Annual report of the Imperial Bacteriological Laboratory, Muktesar
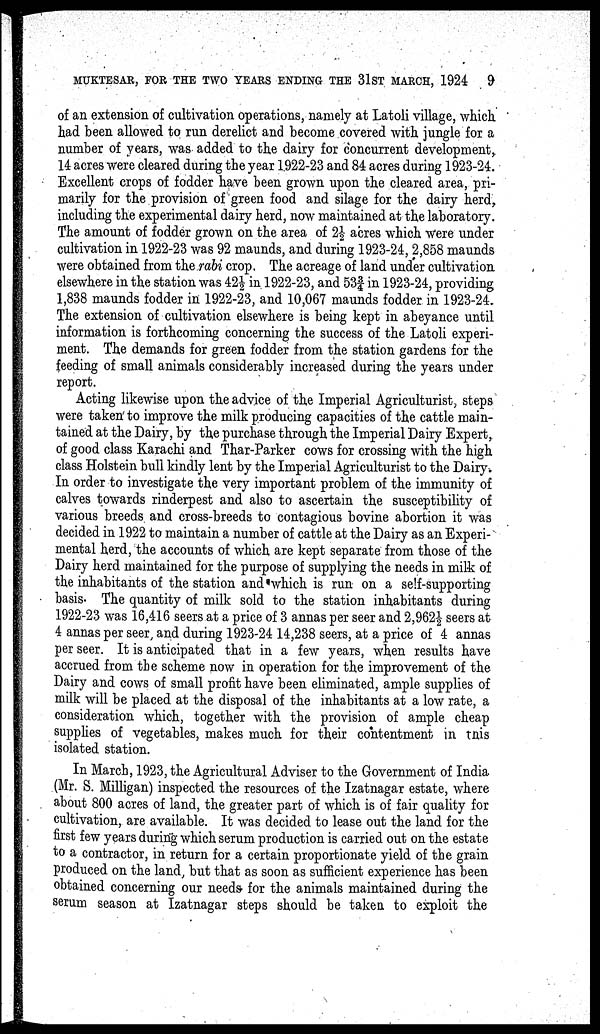
MUKTESAR, FOR THE TWO YEARS ENDING THE 31 ST MARCH, 1924
9
of an extension of cultivation operations, namely at Latoli village, which
had been allowed to run derelict and become covered with jungle for a
number of years, was added to the dairy for concurrent development,.
14 acres were cleared during the year 1922-23 and 84 acres during 1923-24.
Excellent crops of fodder have been grown upon the cleared area, pri-
marily for the provision of green food and silage for the dairy herd,
including the experimental dairy herd, now maintained at the laboratory.
The amount of fodder grown on the area of 2½ acres which were under
cultivation in 1922-23 was 92 maunds, and during 1923-24, 2,858 maunds
were obtained from the rabi crop. The acreage of land under cultivation
elsewhere in the station was 42½ in 1922-23, and 53¾ in 1923-24, providing
1,838 maunds fodder in 1922-23, and 10,067 maunds fodder in 1923-24.
The extension of cultivation elsewhere is being kept in abeyance until
information is forthcoming concerning the success of the Latoli experi-
ment. The demands for green fodder from the station gardens for the
feeding of small animals considerably increased during the years under
report.
Acting likewise upon the advice of the Imperial Agriculturist, steps
were taken to improve the milk producing capacities of the cattle main-
tained at the Dairy, by the purchase through the Imperial Dairy Expert,
of good class Karachi and Thar-Parker cows for crossing with the high
class Holstein bull kindly lent by the Imperial Agriculturist to the Dairy.
In order to investigate the very important problem of the immunity of
calves towards rinderpest and also to ascertain the susceptibility of
various breeds and cross-breeds to contagious bovine abortion it was
decided in 1922 to maintain a number of cattle at the Dairy as an Experi-
mental herd, the accounts of which are kept separate from those of the
Dairy herd maintained for the purpose of supplying the needs in milk of
the inhabitants of the station and which is run on a self-supporting
basis. The quantity of milk sold to the station inhabitants during
1922-23 was 16,416 seers at a price of 3 annas per seer and 2,962½ seers at
4 annas per seer, and during 1923-24 14,238 seers, at a price of 4 annas
per seer. It is anticipated that in a few years, when results have
accrued from the scheme now in operation for the improvement of the
Dairy and cows of small profit have been eliminated, ample supplies of
milk will be placed at the disposal of the inhabitants at a low rate, a
consideration which, together with the provision of ample cheap
supplies of vegetables, makes much for their contentment in this
isolated station.
In March, 1923, the Agricultural Adviser to the Government of India
(Mr. S. Milligan) inspected the resources of the Izatnagar estate, where
about 800 acres of land, the greater part of which is of fair quality for
cultivation, are available. It was decided to lease out the land for the
first few years during which serum production is carried out on the estate
to a contractor, in return for a certain proportionate yield of the grain
produced on the land, but that as soon as sufficient experience has been
obtained concerning our needs for the animals maintained during the
serum season at Izatnagar steps should be taken to exploit the